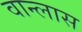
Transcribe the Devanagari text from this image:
वान्लास